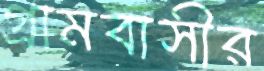
গ্রামবাসীর